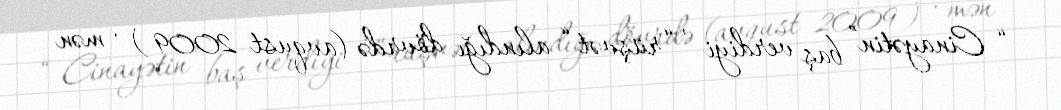
“ Cinayətin” baş verdiyi , “rüşvət “ alındığı dövrdə (avqust 2009 ) , mən